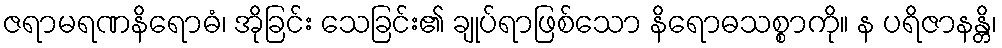
ဇရာမရဏနိရောဓံ၊ အိုခြင်း သေခြင်း၏ ချုပ်ရာဖြစ်သော နိရောဓသစ္စာကို။ န ပရိဇာနန္တိ၊